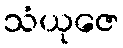
သံယုဇေ